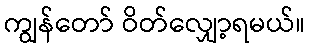
ကျွန်တော် ဝိတ်လျှော့ရမယ်။